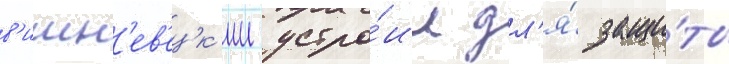
в'ишн'ев'ецк'ии устро́ил дл'я́ защи́ты